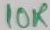
Text: 10K